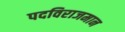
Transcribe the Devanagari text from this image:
पदविराजमान